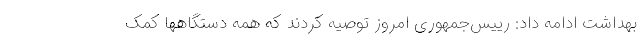
بهداشت ادامه داد: رییس‌جمهوری امروز توصیه کردند که همه دستگاهها کمک